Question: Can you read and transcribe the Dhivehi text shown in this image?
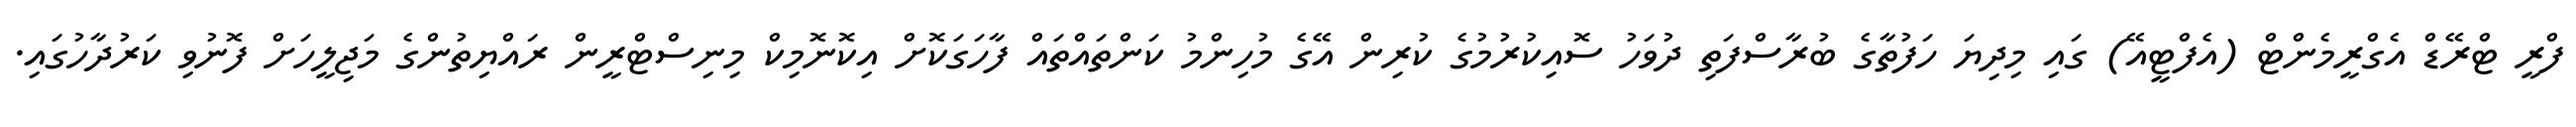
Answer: ފްރީ ޓްރޭޑް އެގްރީމެންޓް (އެފްޓީއޭ) ގައި މިދިޔަ ހަފުތާގެ ބުރާސްފަތި ދުވަހު ސޮއިކުރުމުގެ ކުރިން އޭގެ މުހިންމު ކަންތައްތައް ފާހަގަކޮށް އިކޮނޮމިކް މިނިސްޓްރީން ރައްޔިތުންގެ މަޖިލީހަށް ފޮނުވި ކަރުދާހުގައި.